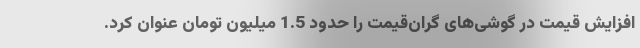
افزایش قیمت در گوشی‌های گران‌قیمت را حدود 1.5 میلیون تومان عنوان کرد.